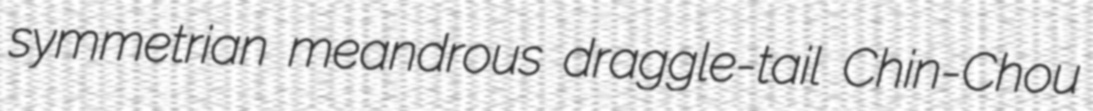
symmetrian meandrous draggle-tail Chin-Chou